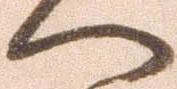
へ